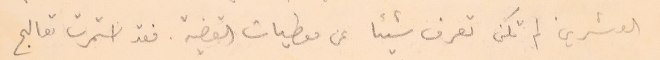
العشرين لم تكن تعرف شيئا عن معطيات القضية. فقد استمرت تعالج